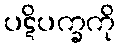
ပဋိပက္ခကို